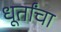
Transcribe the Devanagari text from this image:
धूर्तांचा